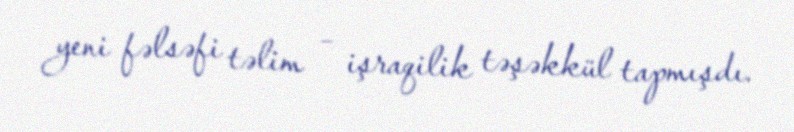
yeni fəlsəfi təlim – işraqilik təşəkkül tapmışdı.